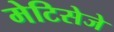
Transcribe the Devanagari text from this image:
मेटिसेजे